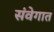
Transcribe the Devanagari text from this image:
संवेगात